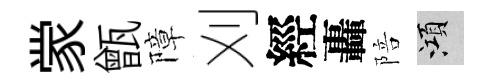
䝉甑障刈經轟陪澒